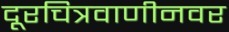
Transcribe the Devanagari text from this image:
दूरचित्रवाणीनवर